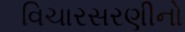
વિચારસરણીનો